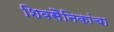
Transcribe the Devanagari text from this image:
शिवसैनिकांचा